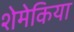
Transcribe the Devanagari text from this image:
शेमेकिया